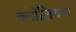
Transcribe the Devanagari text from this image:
क्लॉज़ियस